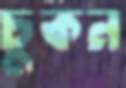
চুকন